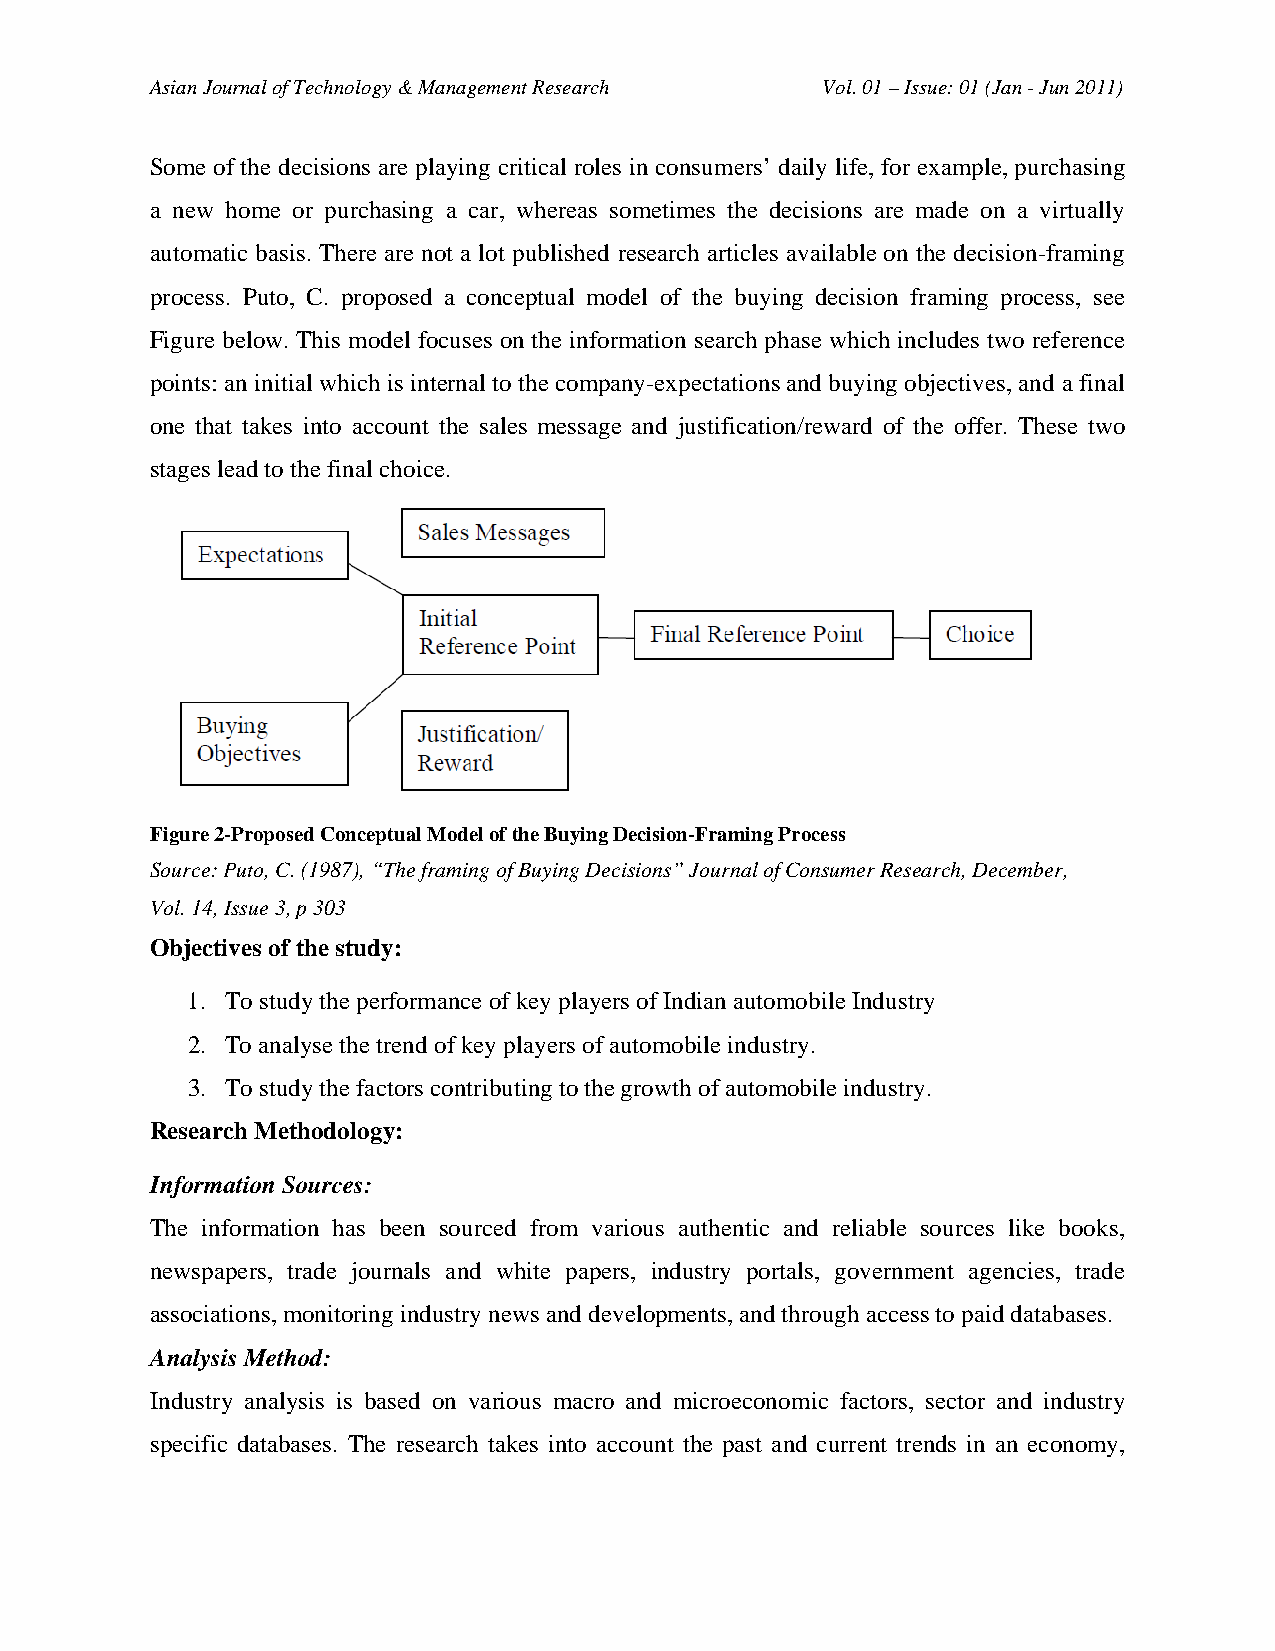
Asian Journal of Technology & Management Research Vol. 01 – Issue: 01 (Jan - Jun 2011)
 Some of the decisions are playing critical roles in consumers’ daily life, for example, purchasing
 a new home or purchasing a car, whereas sometimes the decisions are made on a virtually
 automatic basis. There are not a lot published research articles available on the decision-framing
 process. Puto, C. proposed a conceptual model of the buying decision framing process, see
 Figure below. This model focuses on the information search phase which includes two reference
 points: an initial which is internal to the company-expectations and buying objectives, and a final
 one that takes into account the sales message and justification/reward of the offer. These two
 stages lead to the final choice.
 Figure 2-Proposed Conceptual Model of the Buying Decision-Framing Process
 Source: Puto, C. (1987), “The framing of Buying Decisions” Journal of Consumer Research, December,
 Vol. 14, Issue 3, p 303
 Objectives of the study:
 1. To study the performance of key players of Indian automobile Industry
 2. To analyse the trend of key players of automobile industry.
 3. To study the factors contributing to the growth of automobile industry.
 Research Methodology:
 Information Sources:
 The information has been sourced from various authentic and reliable sources like books,
 newspapers, trade journals and white papers, industry portals, government agencies, trade
 associations, monitoring industry news and developments, and through access to paid databases.
 Analysis Method:
 Industry analysis is based on various macro and microeconomic factors, sector and industry
 specific databases. The research takes into account the past and current trends in an economy,